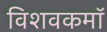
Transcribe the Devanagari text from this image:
विशवकमॉ